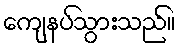
ကျေနပ်သွားသည်။